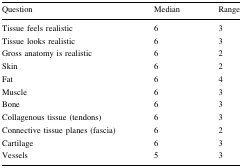
| Question | Median | Range |
 | --- | --- | --- |
 | Tissue feels realistic | 6 | 3 |
 | Tissue looks realistic | 6 | 3 |
 | Gross anatomy is realistic | 6 | 2 |
 | Skin | 6 | 2 |
 | Fat | 6 | 4 |
 | Muscle | 6 | 3 |
 | Bone | 6 | 3 |
 | Collagenous tissue (tendons) | 6 | 3 |
 | Connective tissue planes (fascia) | 6 | 2 |
 | Cartilage | 6 | 3 |
 | Vessels | 5 | 3 |